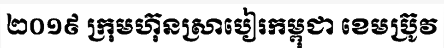
២០១៩ ក្រុមហ៊ុនស្រាបៀរកម្ពុជា ខេមប្រ៊ូវ